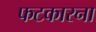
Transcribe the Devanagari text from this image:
फटकारना